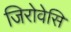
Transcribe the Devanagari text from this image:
जिरोवेसि